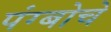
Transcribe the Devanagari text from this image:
पंग्बोचे